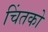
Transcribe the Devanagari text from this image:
चिंतको